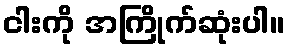
ငါးကို အကြိုက်ဆုံးပါ။